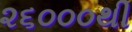
૨૬૦૦૦થી